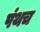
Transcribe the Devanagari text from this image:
पंथच